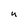
Character: U